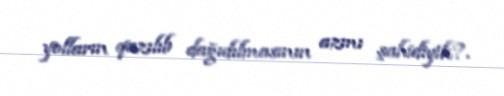
yolların qazılıb dağıdılmasının azmı şahidiyik?.